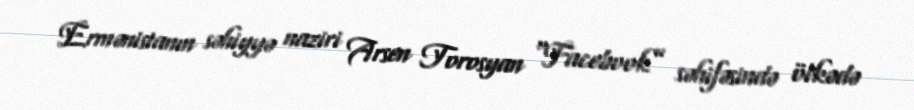
Ermənistanın səhiyyə naziri Arsen Torosyan “Facebook” səhifəsində ölkədə